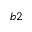
^ { b 2 }